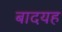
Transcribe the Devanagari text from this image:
बादयह